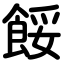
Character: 餒